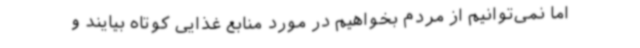
اما نمی‌توانیم از مردم بخواهیم در مورد منابع غذایی کوتاه بیایند و